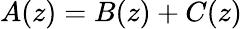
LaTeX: A(z)=B(z)+C(z)